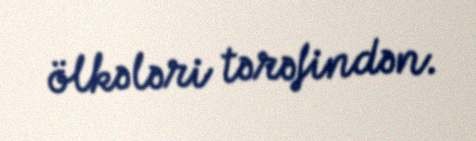
ölkələri tərəfindən.